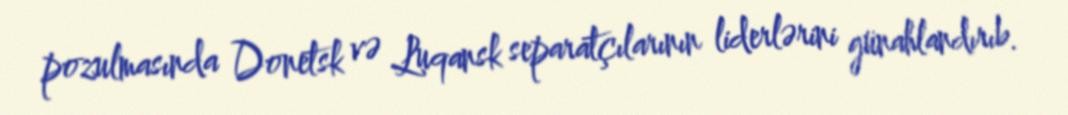
pozulmasında Donetsk və Luqansk separatçılarının liderlərini günahlandırıb.